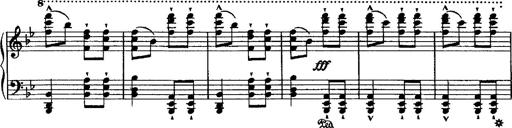
Title: Grande valse di bravura
Composer: Franz Liszt